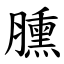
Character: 臐